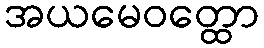
အယမေဝတ္ထော